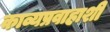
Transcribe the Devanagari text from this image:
काव्यप्रवाहाशी